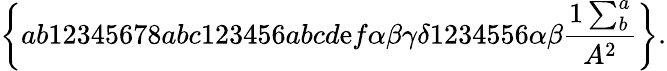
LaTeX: \left\{ ab12345678abc123456abcd\mathrm{e}f\alpha\beta\gamma\delta1234556\alpha\beta\frac{{1\sum_{b}^{a}}}{{A^{2}}}\right\} .